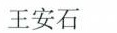
王安石